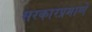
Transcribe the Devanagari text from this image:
सरकारप्रमाणे